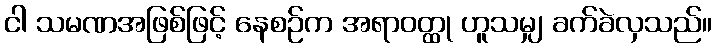
ငါ သမဏအဖြစ်ဖြင့် နေစဉ်က အရာဝတ္ထု ဟူသမျှ ခက်ခဲလှသည်။